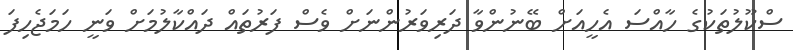
ސްކޫލުތަކުގެ ހާއްސަ އެހީއަށް ބޭނުންވާ ދަރިވަރުންނަށް ވެސް ފަރުތައް ދައްކާލުމަށް ވަނީ ހަމަޖެހިފަ